Document type: Sale
Year: 1275
Scribe: Salvador de Baiona
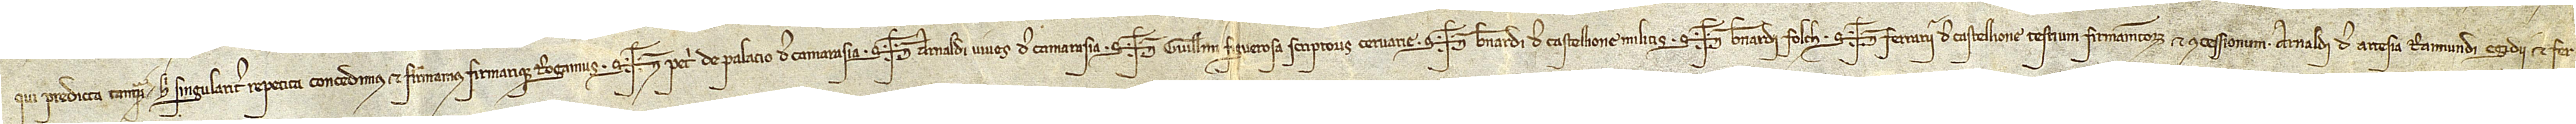
qui predicta tanquam hic singulariter repetita concedimus et firmamus firmarique rogamus. Sig+num Petri de Palacio, de Camarasia, Sig+num Arnaldi Vives, de Camarasia, Sig+num Guillelmi Figuerosa, scriptoris Cervarie, Sig+num Bernardi de Castellione, militis, Sig+num Bernardi Folch, Sig+num Ferrarii de Castellione, testium firmamentorum et concessionum Arnaldi de Artesia, Raimundi Egidii et Fer-